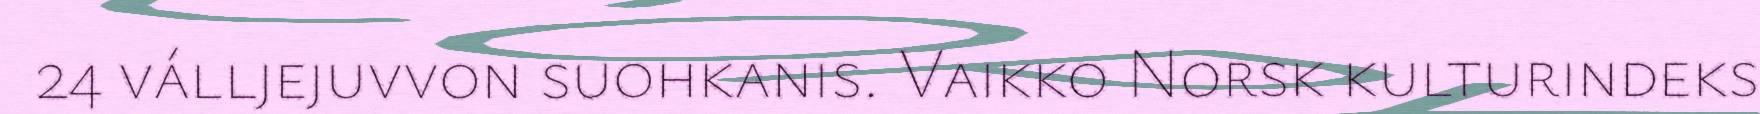
24 válljejuvvon suohkanis. Vaikko Norsk kulturindeks